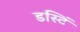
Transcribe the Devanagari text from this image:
डस्टिं